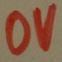
Text: 0V